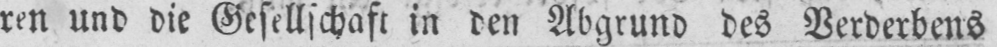
ren und die Gesellschaft in den Abgrund des Verderbens